Insane asylums Bombay 1873-77 - 1873-1877
Year: 1873
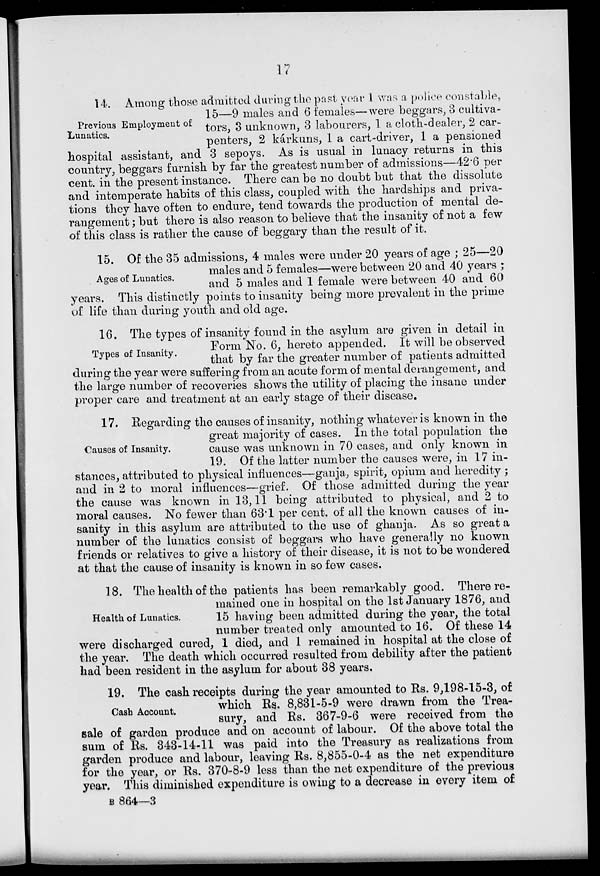
17
Previous Employment of
Lunatics.
14. Among those admitted during the past year 1 was a police constable,
15—9 males and 6 females—were beggars, 3 cultiva-
tors, 3 unknown, 3 labourers, 1 a cloth-dealer, 2 car-
penters, 2 kárkuns, 1 a cart-driver, 1 a pensioned
hospital assistant, and 3 sepoys. As is usual in lunacy returns in this
country, beggars furnish by far the greatest number of admissions—42.6 per
cent. in the present instance. There can be no doubt but that the dissolute
and intemperate habits of this class, coupled with the hardships and priva-
tions they have often to endure, tend towards the production of mental de-
rangement ; but there is also reason to believe that the insanity of not a few
of this class is rather the cause of beggary than the result of it.
Ages of Lunatics.
15. Of the 35 admissions, 4 males were under 20 years of age ; 25—20
males and 5 females—were between 20 and 40 years ;
and 5 males and 1 female were between 40 and 60
years. This distinctly points to insanity being more prevalent in the prime
of life than during youth and old age.
Types of Insanity.
16. The types of insanity found in the asylum are given in detail in
Form No. 6, hereto appended. It will be observed
that by far the greater number of patients admitted
during the year were suffering from an acute form of mental derangement, and
the large number of recoveries shows the utility of placing the insane under
proper care and treatment at an early stage of their disease.
Causes of Insanity.
17. Regarding the causes of insanity, nothing whatever is known in the
great majority of cases. In the total population the
cause was unknown in 70 cases, and only known in
19. Of the latter number the causes were, in 17 in-
stances, attributed to physical influences—ganja, spirit, opium and heredity;
and in 2 to moral influences—grief. Of those admitted during the year
the cause was known in 13,11 being attributed to physical, and 2 to
moral causes. No fewer than 63.1 per cent. of all the known causes of in-
sanity in this asylum are attributed to the use of ghanja. As so great a
number of the lunatics consist of beggars who have generally no known
friends or relatives to give a history of their disease, it is not to be wondered
at that the cause of insanity is known in so few cases.
Health of Lunatics.
18. The health of the patients has been remarkably good. There re-
mained one in hospital on the 1st January 1876, and
15 having been admitted during the year, the total
number treated only amounted to 16. Of these 14
were discharged cured, 1 died, and 1 remained in hospital at the close of
the year. The death which occurred resulted from debility after the patient
had been resident in the asylum for about 38 years.
Cash Account.
19. The cash receipts during the year amounted to Rs. 9,198-15-3, of
which Rs. 8,831-5-9 were drawn from the Trea-
sury, and Rs. 367-9-6 were received from the
sale of garden produce and on account of labour. Of the above total the
sum of Rs. 343-14-11 was paid into the Treasury as realizations from
garden produce and labour, leaving Rs. 8,855-0-4 as the net expenditure
for the year, or Rs. 370-8-9 less than the net expenditure of the previous
year. This diminished expenditure is owing to a decrease in every item of
B 864—3